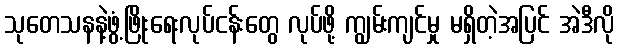
သုတေသနနဲ့ဖွံ့ဖြိုးရေးလုပ်ငန်းတွေ လုပ်ဖို့ ကျွမ်းကျင်မှု မရှိတဲ့အပြင် အဲဒီလို